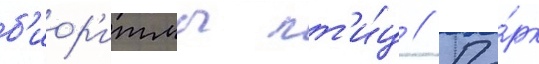
б'иор'итмы пт'и́ц // Па́рк